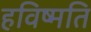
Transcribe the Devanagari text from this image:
हविष्मति